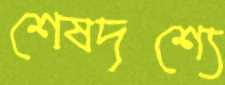
শেষদৃশ্যে